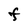
Character: F